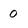
Character: 0